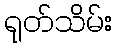
ရုတ်သိမ်း